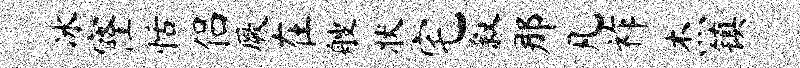
冰窿恬侣厥在艘状宅叙那凡祚杰镇